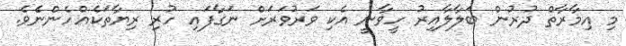
މި އިމާރާތް ދުރުން ބަލާލާއިރު ހީވާނީ އެކި ވަރުވަރަށް ނަގާފައި ހުރި ރިޔާތަކެއްހެންނެެވެ.